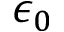
\epsilon _ { 0 }